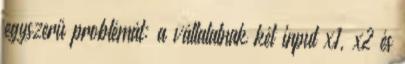
egyszerű problémát: a vállalatnak két input x1, x2 és